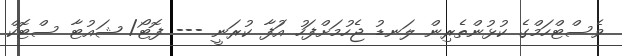
ވެސްޓްހަމްގެ ކުޅުންތެރިން ލަނޑު ޖެހުމަށްފަހު އަުފާ ކުރަނީ --- ފޮޓޯ/ ޝައުޓާ ސްޓޮކް